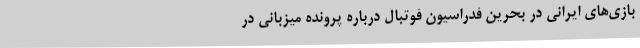
بازی‌های ایرانی در بحرین فدراسیون فوتبال درباره پرونده میزبانی در